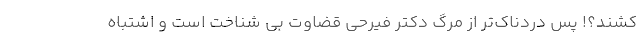
کشند؟! پس دردناک‌تر از مرگ دکتر فیرحی قضاوتِ بی شناخت است و اشتباه